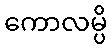
ကောလမ္ပိ